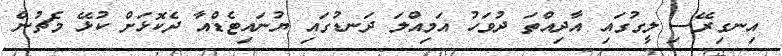
އިނގިރޭސި ލީގުގައި އާދިއްތަ ދުވަހު އަމިއްލަ ދަނޑުގައި ޔުނައިޓެޑްއާ ދެކޮޅަށް ކުޅޭ މެޗުން